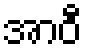
အာဝီ